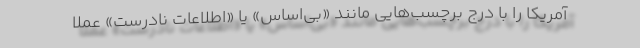
آمریکا را با درج برچسب‌هایی مانند «بی‌اساس» یا «اطلاعات نادرست» عملاً